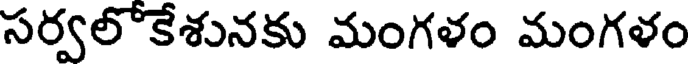
సర్వలొకేశునకు మంగళం మంగళం